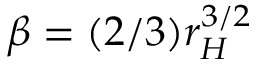
\beta = ( 2 / 3 ) r _ { H } ^ { 3 / 2 }